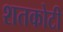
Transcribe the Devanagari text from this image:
शतकोटी